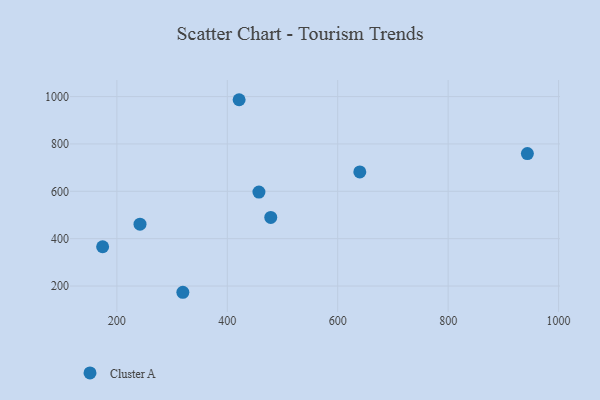
{"axis": {"x": "Investment", "y": "Salary"}, "legend": ["Cluster A"], "data": [{"x": "241.9", "y": 461.1, "type": "Cluster A"}, {"x": "421.4", "y": 986.7, "type": "Cluster A"}, {"x": "640.0", "y": 682.0, "type": "Cluster A"}, {"x": "478.7", "y": 489.8, "type": "Cluster A"}, {"x": "457.3", "y": 596.6, "type": "Cluster A"}, {"x": "943.5", "y": 759.3, "type": "Cluster A"}, {"x": "319.5", "y": 173.6, "type": "Cluster A"}, {"x": "174.2", "y": 365.9, "type": "Cluster A"}]}